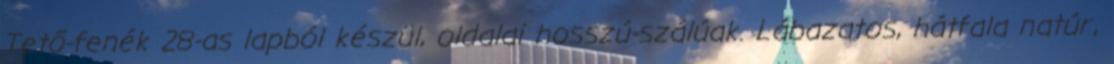
Tető-fenék 28-as lapból készül, oldalai hosszú-szálúak. Lábazatos, hátfala natúr,